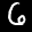
Label: 6